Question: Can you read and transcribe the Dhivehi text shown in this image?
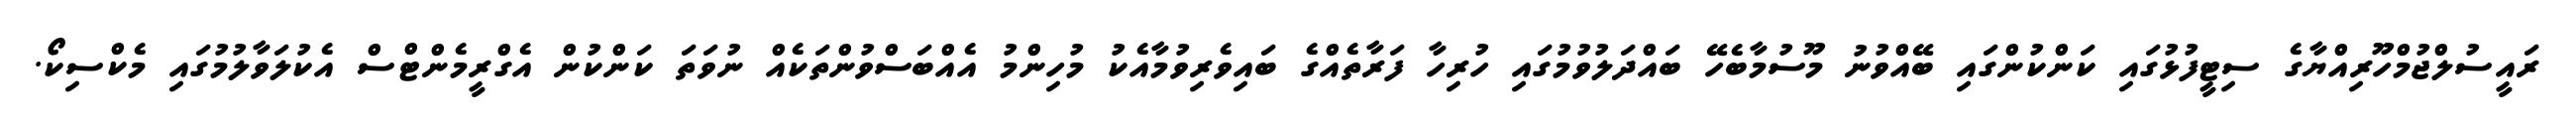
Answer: ރައީސުލްޖުމްހޫރިއްޔާގެ ސިޓީފުޅުގައި ކަންކުންގައި ބޭއްވުނު މޫސުމާބެހޭ ބައްދަލުވުމުގައި ހުރިހާ ފަރާތެއްގެ ބައިވެރިވުމާއެކު މުހިންމު އެއްބަސްވުންތަކެއް ނުވަތަ ކަންކުން އެގްރީމެންޓްސް އެކުލަވާލުމުގައި މެކްސިކޯ.